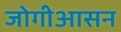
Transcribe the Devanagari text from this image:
जोगीआसन